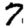
Digit: 7